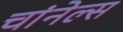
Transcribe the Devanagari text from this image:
चांनेल्स